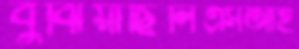
বুঝিয়াছিলিএসআই